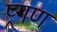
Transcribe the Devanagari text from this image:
प्र्गण